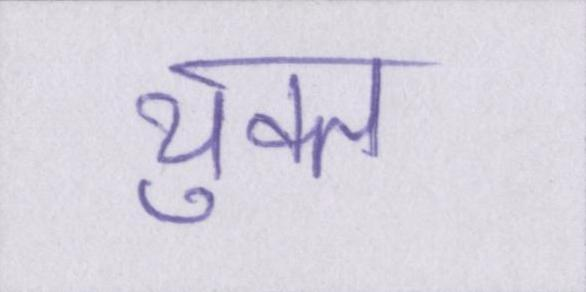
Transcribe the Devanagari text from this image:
युक्त